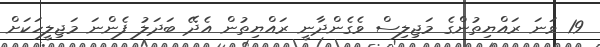
19 ވަަނަ ރައްޔިތުންގެ މަޖިލިސް ވެގެންދާނީ ރައްޔިތުން އެދޭ ބަދަލު ފެންނަ މަޖިލީހަކަށް